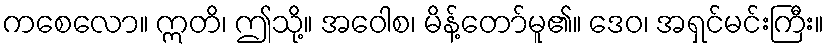
ကစေလော။ ဣတိ၊ ဤသို့။ အဝေါစ၊ မိန့်တော်မူ၏။ ဒေဝ၊ အရှင်မင်းကြီး။